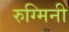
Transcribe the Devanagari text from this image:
रुग्मिनी